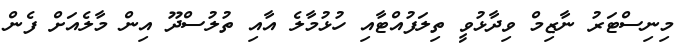
މިނިސްޓަރު ނާޒިމް ވިދާޅުވީ ތިލަފުއްޓާއި ހުޅުމާލެ އާއި ތުލުސްދޫ އިން މާލެއަށް ފެން